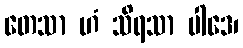
တေသာ ဟံ သိရသာ ပါဒေ၊